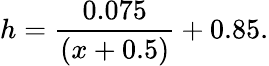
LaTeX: h=\frac{{0.075}}{{\left({x+0.5}\right)}}+{0.85}.